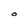
Character: o